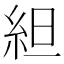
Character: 䋎